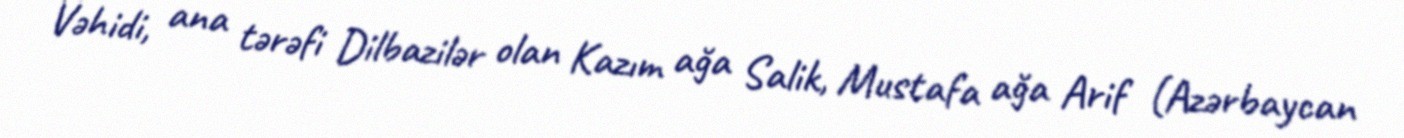
Vəhidi, ana tərəfi Dilbazilər olan Kazım ağa Salik, Mustafa ağa Arif (Azərbaycan